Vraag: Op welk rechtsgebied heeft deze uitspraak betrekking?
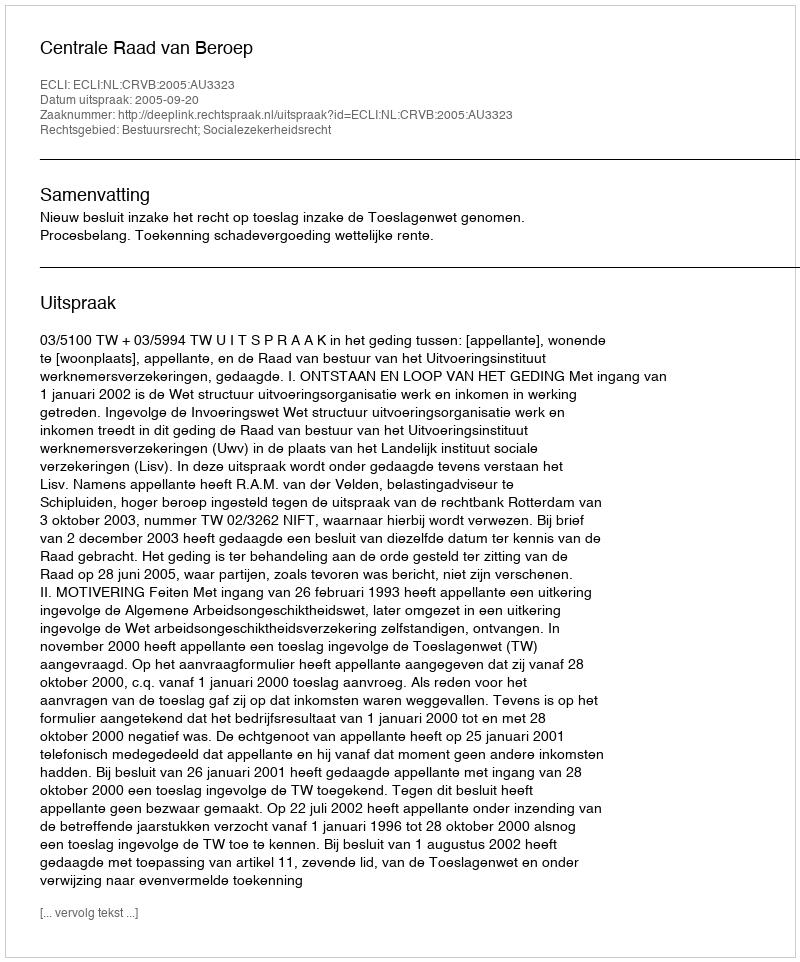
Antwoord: Bestuursrecht; Socialezekerheidsrecht